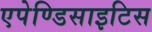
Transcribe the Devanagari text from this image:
एपेण्डिसाइटिस